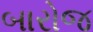
બારોજ